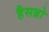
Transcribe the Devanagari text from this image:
हैसब्रो